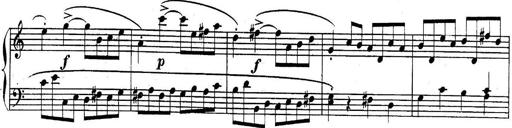
Title: Sonatina for Piano
Composer: BÃ©la BartÃ³k